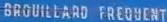
BROUILLARD FREQUENT